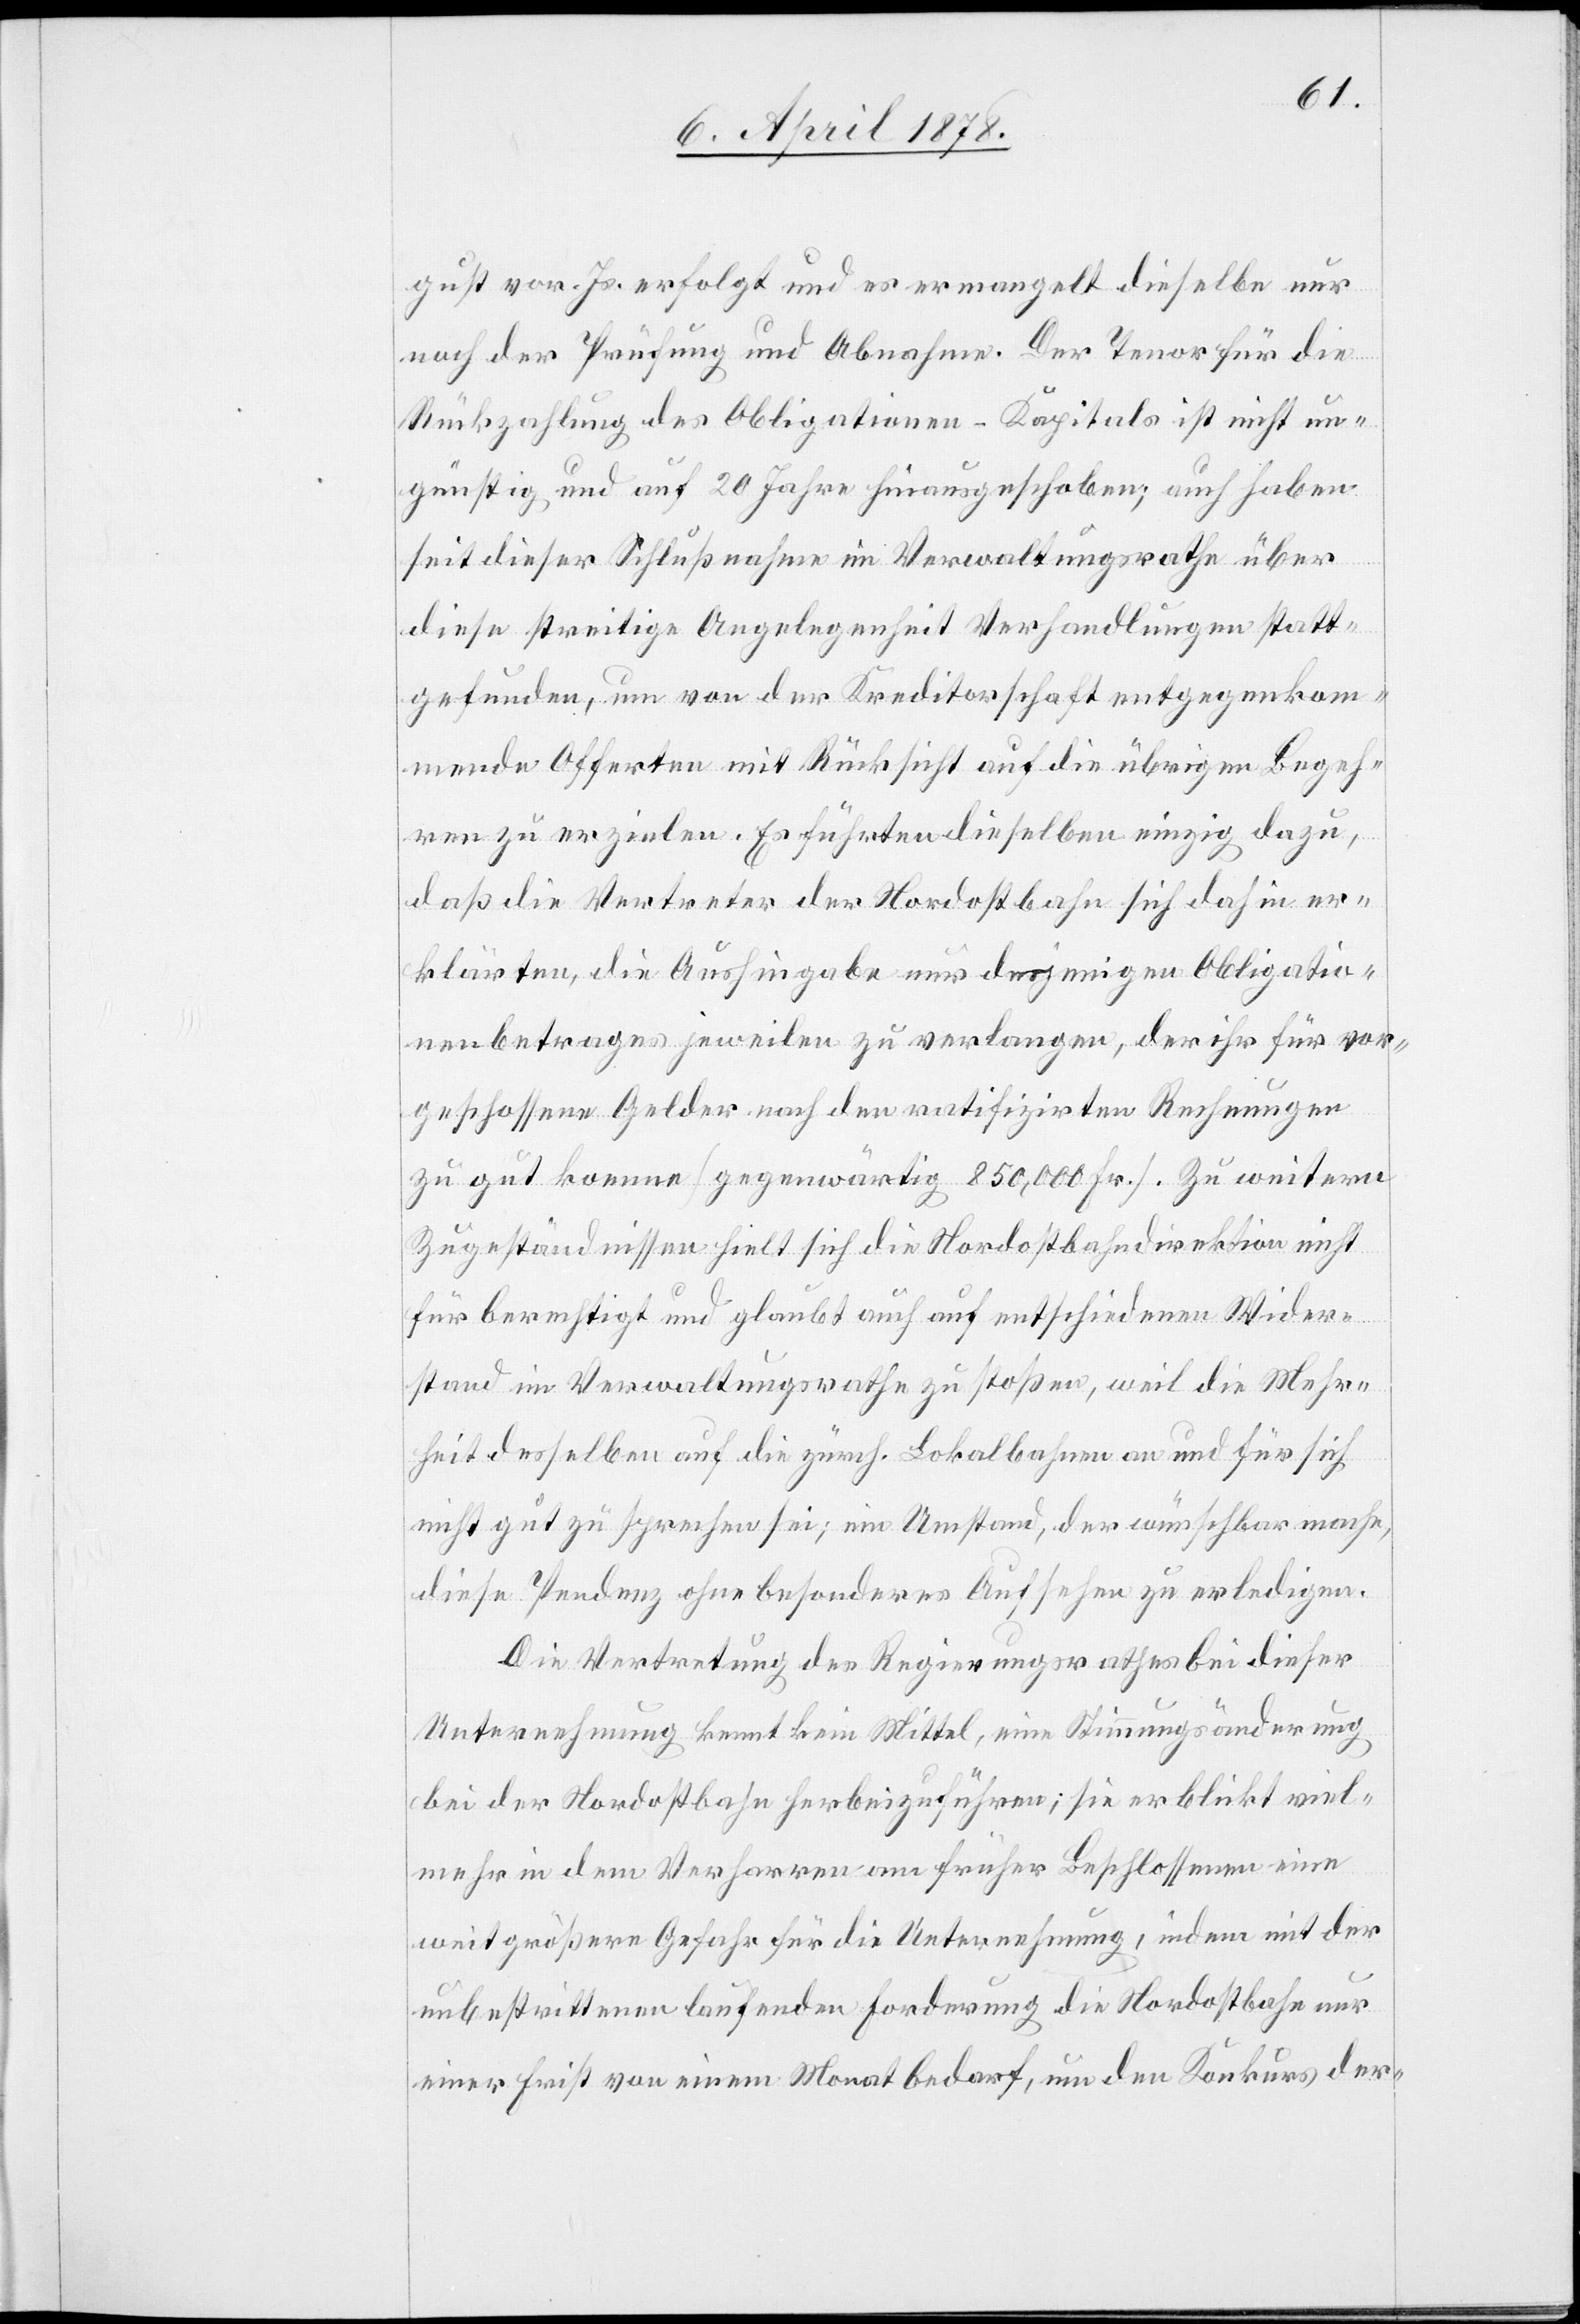
gust vor. Js. erfolgt und es ermangelt dieselbe nur
noch der Prüfung und Abnahme. Der Tenor für die
Rückzahlung des Obligationen-Kapitals ist nicht un¬
günstig und auf 20 Jahre hinausgeschoben; auch haben
seit dieser Schlußnahme im Verwaltungsrathe über
diese streitige Angelegenheit Verhandlungen statt¬
gefunden, um von der Kreditorschaft entgegenkom¬
mende Offerten mit Rücksicht auf die übrigen Begeh¬
ren zu erteilen. Es führten dieselben einzig dazu,
daß die Vertreter der Nordostbahn sich dahin er¬
klärten, die Aushingabe nur desjenigen Obligatio¬
nenbetrages jeweilen zu verlangen, der ihr für vor¬
geschossene Gelder nach den ratifizirten Rechnungen
zu gut komme (gegenwärtig 850,000 Fr.). Zu weitern
Zugeständnissen hielt sich die Nordostbahndirektion nicht
für berechtigt und glaubt auch auf entschiedenen Wider¬
stand im Verwaltungsrathe zu stoßen, weil die Mehr¬
heit desselben auf die zürch. Lokalbahnen an und für sich
nicht gut zu sprechen sei; ein Umstand, der wünschbar mache,
diese Pendenz ohne besonderes Aufsehen zu erledigen.
Die Vertretung des Regierungsrathes bei dieser
Unternehmung kennt kein Mittel, eine Stimmungsänderung
bei der Nordostbahn herbeizuführen; sie erblickt viel¬
mehr in dem Verfahren am früher Beschlossenen eine
weit größere Gefahr für die Unternehmung, indem mit der
unbestrittenen laufenden Forderung die Nordostbahn nur
einer Frist von einem Monat bedarf, um den Konkurs der-